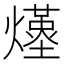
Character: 𤑆